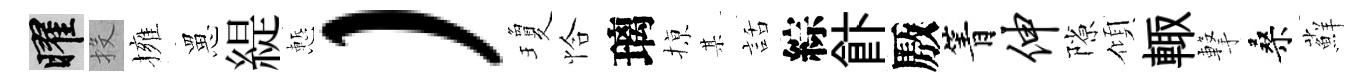
曜投擁罳緹慙）瓊恰璃𢱊某話綜飰厫箐伸隙傾輙撃桑蘚